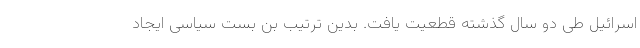
اسرائیل طی دو سال گذشته قطعیت یافت. بدین ترتیب بن بست سیاسی ایجاد